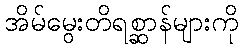
အိမ်မွေးတိရစ္ဆာန်များကို